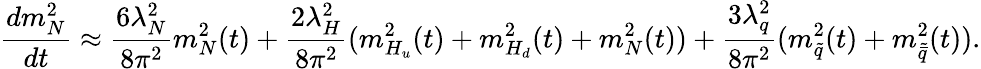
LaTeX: \frac{dm_{N}^{2}}{dt}\approx\frac{6\lambda_{N}^{2}}{8\pi^{2}}m_{N}^{2}(t)+\frac{2\lambda_{H}^{2}}{8\pi^{2}}(m_{H_{u}}^{2}(t)+m_{H_{d}}^{2}(t)+m_{N}^{2}(t))+\frac{3\lambda_{q}^{2}}{8\pi^{2}}(m_{\tilde{q}}^{2}(t)+m_{\tilde{\bar{q}}}^{2}(t)).